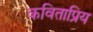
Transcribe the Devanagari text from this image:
कविताप्रिय